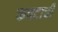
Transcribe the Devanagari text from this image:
कपटाची